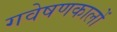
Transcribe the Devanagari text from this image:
गवेषणकालों